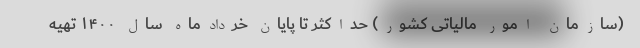
(سازمان امور مالیاتی کشور) حداکثر تا پایان خردادماه سال ۱۴۰۰ تهیه